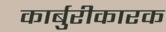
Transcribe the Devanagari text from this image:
कार्बुरीकारक